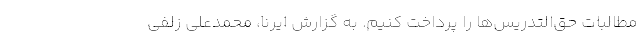
مطالبات‌ حق‌التدریس‌ها را پرداخت کنیم. به گزارش ایرنا، محمدعلی زلفی